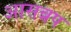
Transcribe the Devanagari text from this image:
आसन्नप